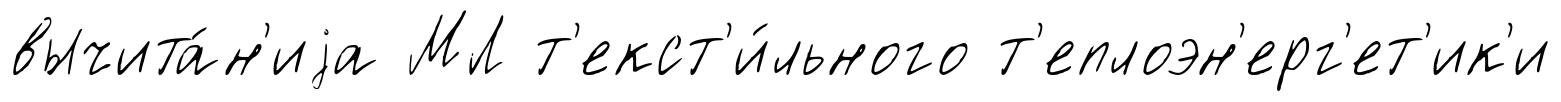
вычита́н'иjа МЛ т'екст'и́льного т'еплоэн'ерг'ет'ик'и